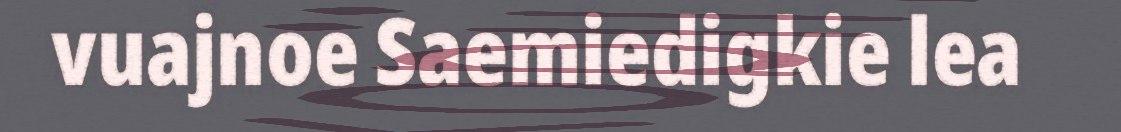
vuajnoe Saemiedigkie lea